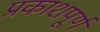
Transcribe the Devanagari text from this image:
प्रकाशपूर्ण